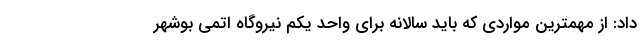
داد: از مهمترین مواردی که باید سالانه برای واحد یکم نیروگاه اتمی بوشهر